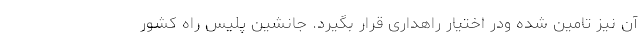
آن نیز تامین شده ودر اختیار راهداری قرار بگیرد. جانشین پلیس راه کشور